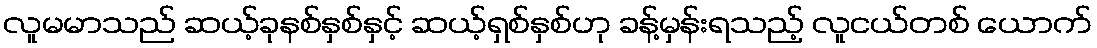
လူမမာသည် ဆယ့်ခုနစ်နှစ်နှင့် ဆယ့်ရှစ်နှစ်ဟု ခန့်မှန်းရသည့် လူငယ်တစ် ယောက်